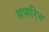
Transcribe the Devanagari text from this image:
सफरिन